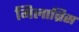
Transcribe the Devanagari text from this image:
मिलाब्रिस